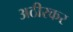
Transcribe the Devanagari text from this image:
अठीरकर